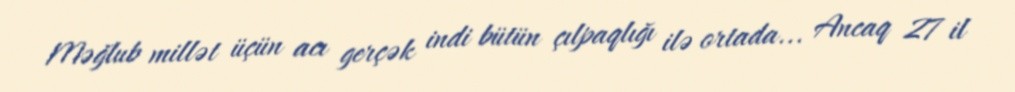
Məğlub millət üçün acı gerçək indi bütün çılpaqlığı ilə ortada... Ancaq 27 il